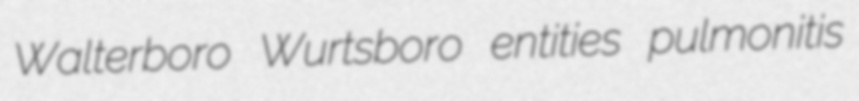
Walterboro Wurtsboro entities pulmonitis